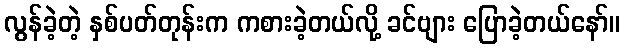
လွန်ခဲ့တဲ့ နှစ်ပတ်တုန်းက ကစားခဲ့တယ်လို့ ခင်ဗျား ပြောခဲ့တယ်နော်။